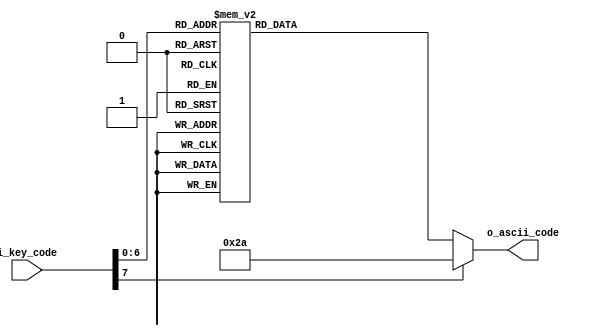
`timescale 1ns / 1ps
//////////////////////////////////////////////////////////////////////////////////
// Company: 
// Engineer: 
// 
// Design Name: 
// Module Name: key_to_ascii
// Project Name: 
// Target Devices: 
// Tool Versions: 
// Description: 
// 
// Dependencies: 
// 
// Revision:
// Revision 0.01 - File Created
// Additional Comments:
// 
//////////////////////////////////////////////////////////////////////////////////


module key_to_ascii(
    input [7:0] i_key_code, 
    output reg [7:0] o_ascii_code
    );
    
    always @*
        case(i_key_code)
            8'h45: o_ascii_code = 8'h30; // 0
            8'h16: o_ascii_code = 8'h31; // 1
            8'h1e: o_ascii_code = 8'h32; // 2
            8'h26: o_ascii_code = 8'h33; // 3
            8'h25: o_ascii_code = 8'h34; // 4
            8'h2e: o_ascii_code = 8'h35; // 5
            8'h36: o_ascii_code = 8'h36; // 6
            8'h3d: o_ascii_code = 8'h37; // 7
            8'h3e: o_ascii_code = 8'h38; // 8
            8'h46: o_ascii_code = 8'h39; // 9
            
            8'h1c: o_ascii_code = 8'h41; // A
            8'h32: o_ascii_code = 8'h42; // B
            8'h21: o_ascii_code = 8'h43; // C
            8'h23: o_ascii_code = 8'h44; // D
            8'h24: o_ascii_code = 8'h45; // E
            8'h2b: o_ascii_code = 8'h46; // F
            8'h34: o_ascii_code = 8'h47; // G
            8'h33: o_ascii_code = 8'h48; // H
            8'h43: o_ascii_code = 8'h49; // I
            8'h3b: o_ascii_code = 8'h4a; // J
            8'h42: o_ascii_code = 8'h4b; // K
            8'h4b: o_ascii_code = 8'h4c; // L
            8'h3a: o_ascii_code = 8'h4d; // M
            8'h31: o_ascii_code = 8'h4e; // N
            8'h44: o_ascii_code = 8'h4f; // O
            8'h4d: o_ascii_code = 8'h50; // P
            8'h15: o_ascii_code = 8'h51; // Q
            8'h2d: o_ascii_code = 8'h52; // R
            8'h1b: o_ascii_code = 8'h53; // S
            8'h2c: o_ascii_code = 8'h54; // T
            8'h3c: o_ascii_code = 8'h55; // U
            8'h2a: o_ascii_code = 8'h56; // V
            8'h1d: o_ascii_code = 8'h57; // W
            8'h22: o_ascii_code = 8'h58; // X
            8'h35: o_ascii_code = 8'h59; // Y
            8'h1a: o_ascii_code = 8'h5a; // Z
            
            8'h0e: o_ascii_code = 8'h60; // '
            8'h4e: o_ascii_code = 8'h2d; // -
            8'h55: o_ascii_code = 8'h3d; // =
            8'h54: o_ascii_code = 8'h5b; // [
            8'h5b: o_ascii_code = 8'h5d; // ]
            8'h5d: o_ascii_code = 8'h5c; // \
            8'h4c: o_ascii_code = 8'h3b; // ;
            8'h52: o_ascii_code = 8'h27; // '
            8'h41: o_ascii_code = 8'h2c; // ,
            8'h49: o_ascii_code = 8'h2e; // .
            8'h4a: o_ascii_code = 8'h2f; // /
            
            8'h29: o_ascii_code = 8'h20; // (space)
            8'h5a: o_ascii_code = 8'h0d; // (enter, cr)
            8'h66: o_ascii_code = 8'h08; // (backspace)
            default: o_ascii_code = 8'h2a; // *
        endcase
    
    
endmodule